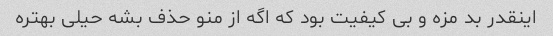
اینقدر بد مزه و بی کیفیت بود که اگه از منو حذف بشه حیلی بهتره